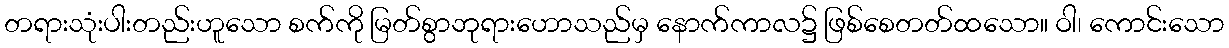
တရားသုံးပါးတည်းဟူသော စက်ကို မြတ်စွာဘုရားဟောသည်မှ နောက်ကာလ၌ ဖြစ်စေတတ်ထသော။ ဝါ၊ ကောင်းသော